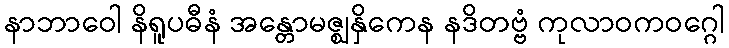
နာဘာဝေါ နိရူပဓီနံ အန္တောမဇ္ဈနှိကေန နဒိတဗ္ဗံ ကုလာဝကဝဂ္ဂေါ